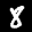
Label: 8